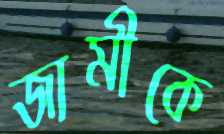
জামীকে